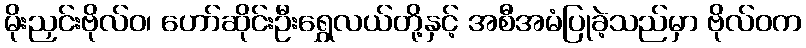
မိုးညှင်းဗိုလ်ဝ၊ ဟော်ဆိုင်းဦးရွှေလယ်တို့နှင့် အစီအမံပြုခဲ့သည်မှာ ဗိုလ်ဝက